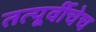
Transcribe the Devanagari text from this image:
तत्पूर्वीचेच